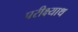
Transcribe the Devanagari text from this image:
परीक्ष्याथ